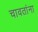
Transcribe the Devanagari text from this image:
चावतांना